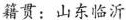
籍贯：山东临沂